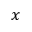
x